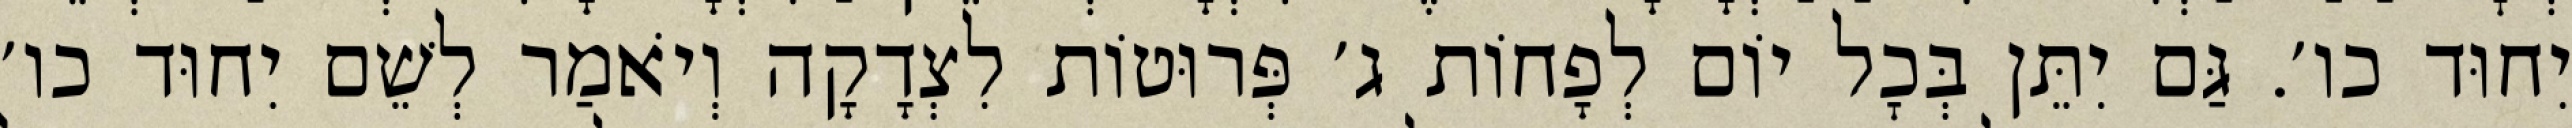
יִחוּד כו׳. גַּם יִתֵּן בְּכׇל יוֹם לְפָחוֹת ג׳ פְּרוּטוֹת לִצְדָקָה וְיֹאמַר לְשֵׁם יִחוּד כו׳